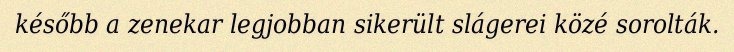
később a zenekar legjobban sikerült slágerei közé sorolták.